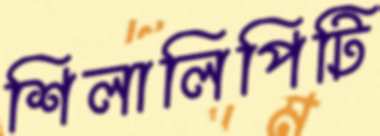
শিলালিপিটি